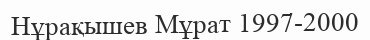
Нұрақышев Мұрат 1997-2000